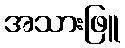
အသားဖြူ